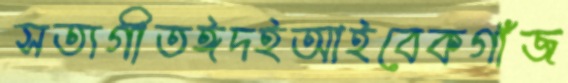
সত্যগীতঈদইআইবেকগাঁজ